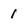
Character: 1